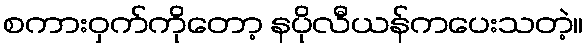
စကားဝှက်ကိုတော့ နပိုလီယန်ကပေးသတဲ့။